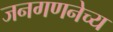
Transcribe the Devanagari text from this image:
जनगणनेच्य